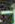
-